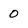
Character: o